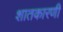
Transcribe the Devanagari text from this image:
शातकारणी